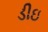
ડીઇ